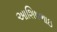
આશિષભાઇ